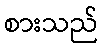
စားသည်